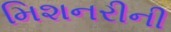
મિશનરીની